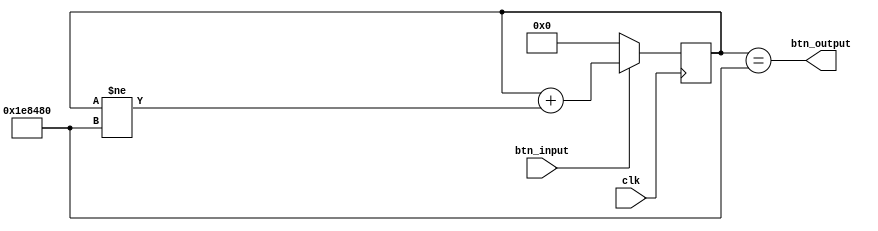
`timescale 1ns / 1ps
//////////////////////////////////////////////////////////////////////////////////
// Company: 
// Engineer: 
// 
// Design Name: 
// Module Name: debounce
// Project Name: 
// Target Devices: 
// Tool Versions: 
// Description: 
// 
// Dependencies: 
// 
// Revision:
// Revision 0.01 - File Created
// Additional Comments:
// 
//////////////////////////////////////////////////////////////////////////////////
module debounce(input clk, input btn_input, output btn_output);

parameter DEBOUNCE_PERIOD = 2_000_000; /* 20 msec = (100,000,000*0.2) ticks @100MHz */

reg [$clog2(DEBOUNCE_PERIOD):0] counter;

assign btn_output = (counter == DEBOUNCE_PERIOD);

always@(posedge clk) begin
  if (btn_input == 0)
    counter <= 0;
  else
    counter <= counter + (counter != DEBOUNCE_PERIOD);
end

endmodule